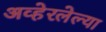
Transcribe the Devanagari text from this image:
अव्हेरलेल्या